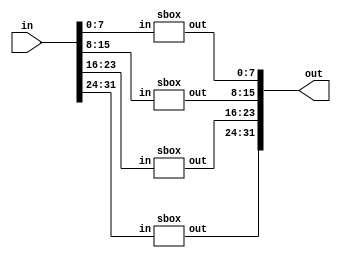
module sbox_32bit
(									
    input	[31:0]	in,
    output[31:0]	out
);

	sbox s0(in[7:0],   out[7:0]);
	sbox s1(in[15:8],  out[15:8]);
	sbox s2(in[23:16], out[23:16]);
	sbox s3(in[31:24], out[31:24]);
	
endmodule

module sbox(input [7:0] in,output reg [7:0] out);

/* s_box */
  always @ ( * )
    case (in)
        8'h00: out=8'h63;
        8'h01: out=8'h7c;
        8'h02: out=8'h77;
        8'h03: out=8'h7b;
        8'h04: out=8'hf2;
        8'h05: out=8'h6b;
        8'h06: out=8'h6f;
        8'h07: out=8'hc5;
        8'h08: out=8'h30;
        8'h09: out=8'h01;
        8'h0a: out=8'h67;
        8'h0b: out=8'h2b;
        8'h0c: out=8'hfe;
        8'h0d: out=8'hd7;
        8'h0e: out=8'hab;
        8'h0f: out=8'h76;
        8'h10: out=8'hca;
        8'h11: out=8'h82;
        8'h12: out=8'hc9;
        8'h13: out=8'h7d;
        8'h14: out=8'hfa;
        8'h15: out=8'h59;
        8'h16: out=8'h47;
        8'h17: out=8'hf0;
        8'h18: out=8'had;
        8'h19: out=8'hd4;
        8'h1a: out=8'ha2;
        8'h1b: out=8'haf;
        8'h1c: out=8'h9c;
        8'h1d: out=8'ha4;
        8'h1e: out=8'h72;
        8'h1f: out=8'hc0;
        8'h20: out=8'hb7;
        8'h21: out=8'hfd;
        8'h22: out=8'h93;
        8'h23: out=8'h26;
        8'h24: out=8'h36;
        8'h25: out=8'h3f;
        8'h26: out=8'hf7;
        8'h27: out=8'hcc;
        8'h28: out=8'h34;
        8'h29: out=8'ha5;
        8'h2a: out=8'he5;
        8'h2b: out=8'hf1;
        8'h2c: out=8'h71;
        8'h2d: out=8'hd8;
        8'h2e: out=8'h31;
        8'h2f: out=8'h15;
        8'h30: out=8'h04;
        8'h31: out=8'hc7;
        8'h32: out=8'h23;
        8'h33: out=8'hc3;
        8'h34: out=8'h18;
        8'h35: out=8'h96;
        8'h36: out=8'h05;
        8'h37: out=8'h9a;
        8'h38: out=8'h07;
        8'h39: out=8'h12;
        8'h3a: out=8'h80;
        8'h3b: out=8'he2;
        8'h3c: out=8'heb;
        8'h3d: out=8'h27;
        8'h3e: out=8'hb2;
        8'h3f: out=8'h75;
        8'h40: out=8'h09;
        8'h41: out=8'h83;
        8'h42: out=8'h2c;
        8'h43: out=8'h1a;
        8'h44: out=8'h1b;
        8'h45: out=8'h6e;
        8'h46: out=8'h5a;
        8'h47: out=8'ha0;
        8'h48: out=8'h52;
        8'h49: out=8'h3b;
        8'h4a: out=8'hd6;
        8'h4b: out=8'hb3;
        8'h4c: out=8'h29;
        8'h4d: out=8'he3;
        8'h4e: out=8'h2f;
        8'h4f: out=8'h84;
        8'h50: out=8'h53;
        8'h51: out=8'hd1;
        8'h52: out=8'h00;
        8'h53: out=8'hed;
        8'h54: out=8'h20;
        8'h55: out=8'hfc;
        8'h56: out=8'hb1;
        8'h57: out=8'h5b;
        8'h58: out=8'h6a;
        8'h59: out=8'hcb;
        8'h5a: out=8'hbe;
        8'h5b: out=8'h39;
        8'h5c: out=8'h4a;
        8'h5d: out=8'h4c;
        8'h5e: out=8'h58;
        8'h5f: out=8'hcf;
        8'h60: out=8'hd0;
        8'h61: out=8'hef;
        8'h62: out=8'haa;
        8'h63: out=8'hfb;
        8'h64: out=8'h43;
        8'h65: out=8'h4d;
        8'h66: out=8'h33;
        8'h67: out=8'h85;
        8'h68: out=8'h45;
        8'h69: out=8'hf9;
        8'h6a: out=8'h02;
        8'h6b: out=8'h7f;
        8'h6c: out=8'h50;
        8'h6d: out=8'h3c;
        8'h6e: out=8'h9f;
        8'h6f: out=8'ha8;
        8'h70: out=8'h51;
        8'h71: out=8'ha3;
        8'h72: out=8'h40;
        8'h73: out=8'h8f;
        8'h74: out=8'h92;
        8'h75: out=8'h9d;
        8'h76: out=8'h38;
        8'h77: out=8'hf5;
        8'h78: out=8'hbc;
        8'h79: out=8'hb6;
        8'h7a: out=8'hda;
        8'h7b: out=8'h21;
        8'h7c: out=8'h10;
        8'h7d: out=8'hff;
        8'h7e: out=8'hf3;
        8'h7f: out=8'hd2;
        8'h80: out=8'hcd;
        8'h81: out=8'h0c;
        8'h82: out=8'h13;
        8'h83: out=8'hec;
        8'h84: out=8'h5f;
        8'h85: out=8'h97;
        8'h86: out=8'h44;
        8'h87: out=8'h17;
        8'h88: out=8'hc4;
        8'h89: out=8'ha7;
        8'h8a: out=8'h7e;
        8'h8b: out=8'h3d;
        8'h8c: out=8'h64;
        8'h8d: out=8'h5d;
        8'h8e: out=8'h19;
        8'h8f: out=8'h73;
        8'h90: out=8'h60;
        8'h91: out=8'h81;
        8'h92: out=8'h4f;
        8'h93: out=8'hdc;
        8'h94: out=8'h22;
        8'h95: out=8'h2a;
        8'h96: out=8'h90;
        8'h97: out=8'h88;
        8'h98: out=8'h46;
        8'h99: out=8'hee;
        8'h9a: out=8'hb8;
        8'h9b: out=8'h14;
        8'h9c: out=8'hde;
        8'h9d: out=8'h5e;
        8'h9e: out=8'h0b;
        8'h9f: out=8'hdb;
        8'ha0: out=8'he0;
        8'ha1: out=8'h32;
        8'ha2: out=8'h3a;
        8'ha3: out=8'h0a;
        8'ha4: out=8'h49;
        8'ha5: out=8'h06;
        8'ha6: out=8'h24;
        8'ha7: out=8'h5c;
        8'ha8: out=8'hc2;
        8'ha9: out=8'hd3;
        8'haa: out=8'hac;
        8'hab: out=8'h62;
        8'hac: out=8'h91;
        8'had: out=8'h95;
        8'hae: out=8'he4;
        8'haf: out=8'h79;
        8'hb0: out=8'he7;
        8'hb1: out=8'hc8;
        8'hb2: out=8'h37;
        8'hb3: out=8'h6d;
        8'hb4: out=8'h8d;
        8'hb5: out=8'hd5;
        8'hb6: out=8'h4e;
        8'hb7: out=8'ha9;
        8'hb8: out=8'h6c;
        8'hb9: out=8'h56;
        8'hba: out=8'hf4;
        8'hbb: out=8'hea;
        8'hbc: out=8'h65;
        8'hbd: out=8'h7a;
        8'hbe: out=8'hae;
        8'hbf: out=8'h08;
        8'hc0: out=8'hba;
        8'hc1: out=8'h78;
        8'hc2: out=8'h25;
        8'hc3: out=8'h2e;
        8'hc4: out=8'h1c;
        8'hc5: out=8'ha6;
        8'hc6: out=8'hb4;
        8'hc7: out=8'hc6;
        8'hc8: out=8'he8;
        8'hc9: out=8'hdd;
        8'hca: out=8'h74;
        8'hcb: out=8'h1f;
        8'hcc: out=8'h4b;
        8'hcd: out=8'hbd;
        8'hce: out=8'h8b;
        8'hcf: out=8'h8a;
        8'hd0: out=8'h70;
        8'hd1: out=8'h3e;
        8'hd2: out=8'hb5;
        8'hd3: out=8'h66;
        8'hd4: out=8'h48;
        8'hd5: out=8'h03;
        8'hd6: out=8'hf6;
        8'hd7: out=8'h0e;
        8'hd8: out=8'h61;
        8'hd9: out=8'h35;
        8'hda: out=8'h57;
        8'hdb: out=8'hb9;
        8'hdc: out=8'h86;
        8'hdd: out=8'hc1;
        8'hde: out=8'h1d;
        8'hdf: out=8'h9e;
        8'he0: out=8'he1;
        8'he1: out=8'hf8;
        8'he2: out=8'h98;
        8'he3: out=8'h11;
        8'he4: out=8'h69;
        8'he5: out=8'hd9;
        8'he6: out=8'h8e;
        8'he7: out=8'h94;
        8'he8: out=8'h9b;
        8'he9: out=8'h1e;
        8'hea: out=8'h87;
        8'heb: out=8'he9;
        8'hec: out=8'hce;
        8'hed: out=8'h55;
        8'hee: out=8'h28;
        8'hef: out=8'hdf;
        8'hf0: out=8'h8c;
        8'hf1: out=8'ha1;
        8'hf2: out=8'h89;
        8'hf3: out=8'h0d;
        8'hf4: out=8'hbf;
        8'hf5: out=8'he6;
        8'hf6: out=8'h42;
        8'hf7: out=8'h68;
        8'hf8: out=8'h41;
        8'hf9: out=8'h99;
        8'hfa: out=8'h2d;
        8'hfb: out=8'h0f;
        8'hfc: out=8'hb0;
        8'hfd: out=8'h54;
        8'hfe: out=8'hbb;
        8'hff: out=8'h16;
	endcase
endmodule